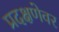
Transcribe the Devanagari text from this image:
प्रदक्षणेवर